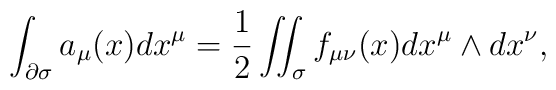
\int_{\partial\sigma}a_\mu(x)dx^\mu=\frac{1}{2}\int\hspace{-2mm}\int_\sigma f_{\mu\nu}(x)dx^\mu\wedge dx^\nu,